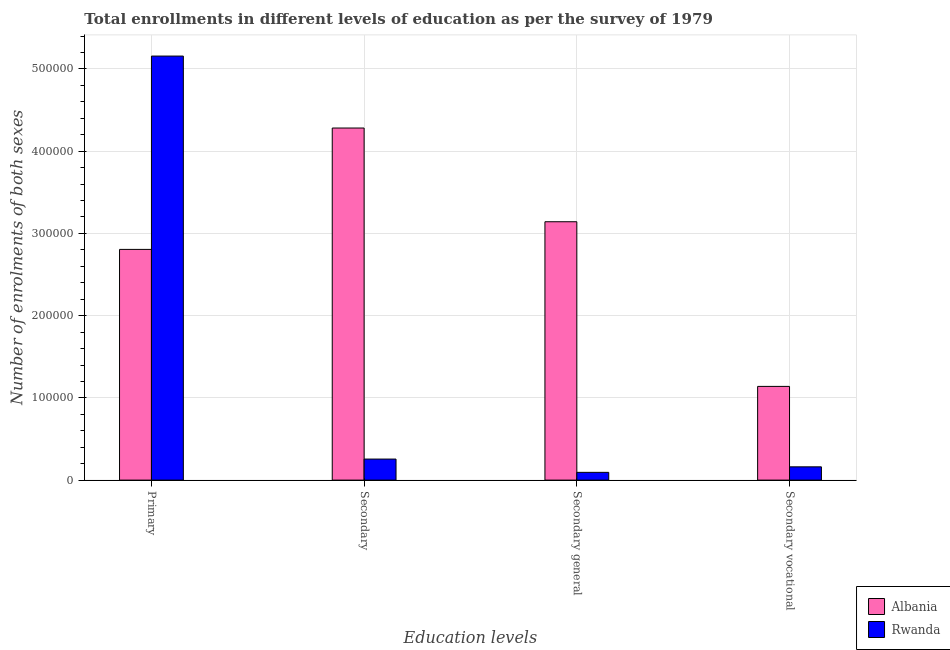
| Education levels | Albania | Rwanda |
 | --- | --- | --- |
 | Primary | 2.81e+05 | 5.16e+05 |
 | Secondary | 4.28e+05 | 2.56e+04 |
 | Secondary general | 3.14e+05 | 9.45e+03 |
 | Secondary vocational | 1.14e+05 | 1.62e+04 |